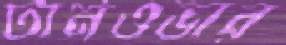
টার্নওভার